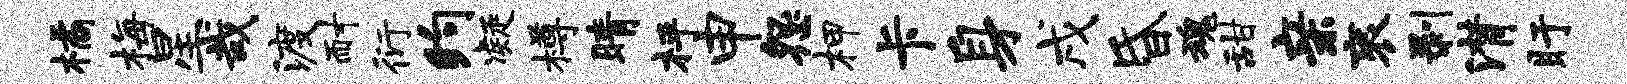
橘梅星哉渡耐衍约凝樽睛枰申怨柙卡身戌昏魂甜亲衮剥潸盱